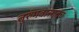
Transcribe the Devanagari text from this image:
तुरुंगवासातच